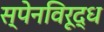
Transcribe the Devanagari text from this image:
स्पेनविरूद्ध